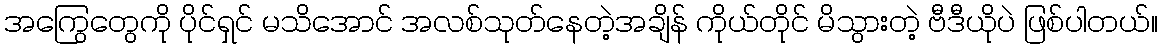
အကြွေတွေကို ပိုင်ရှင် မသိအောင် အလစ်သုတ်နေတဲ့အချိန် ကိုယ်တိုင် မိသွားတဲ့ ဗီဒီယိုပဲ ဖြစ်ပါတယ်။